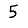
Digit: 5